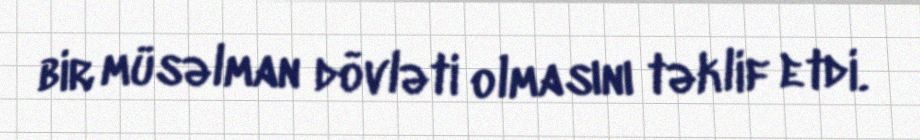
bir müsəlman dövləti olmasını təklif etdi.